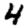
Digit: 4